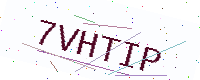
Text: 7VHTIP